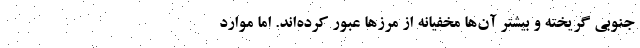
جنوبی گریخته و بیشتر آن‌ها مخفیانه از مرزها عبور کرده‌اند. اما موارد